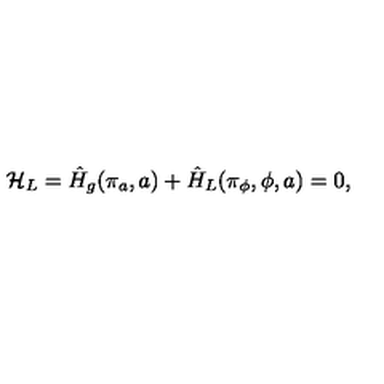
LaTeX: { \cal H } _ { L } = \hat { H } _ { g } ( \pi _ { a } , a ) + \hat { H } _ { L } ( \pi _ { \phi } , \phi , a ) = 0 ,